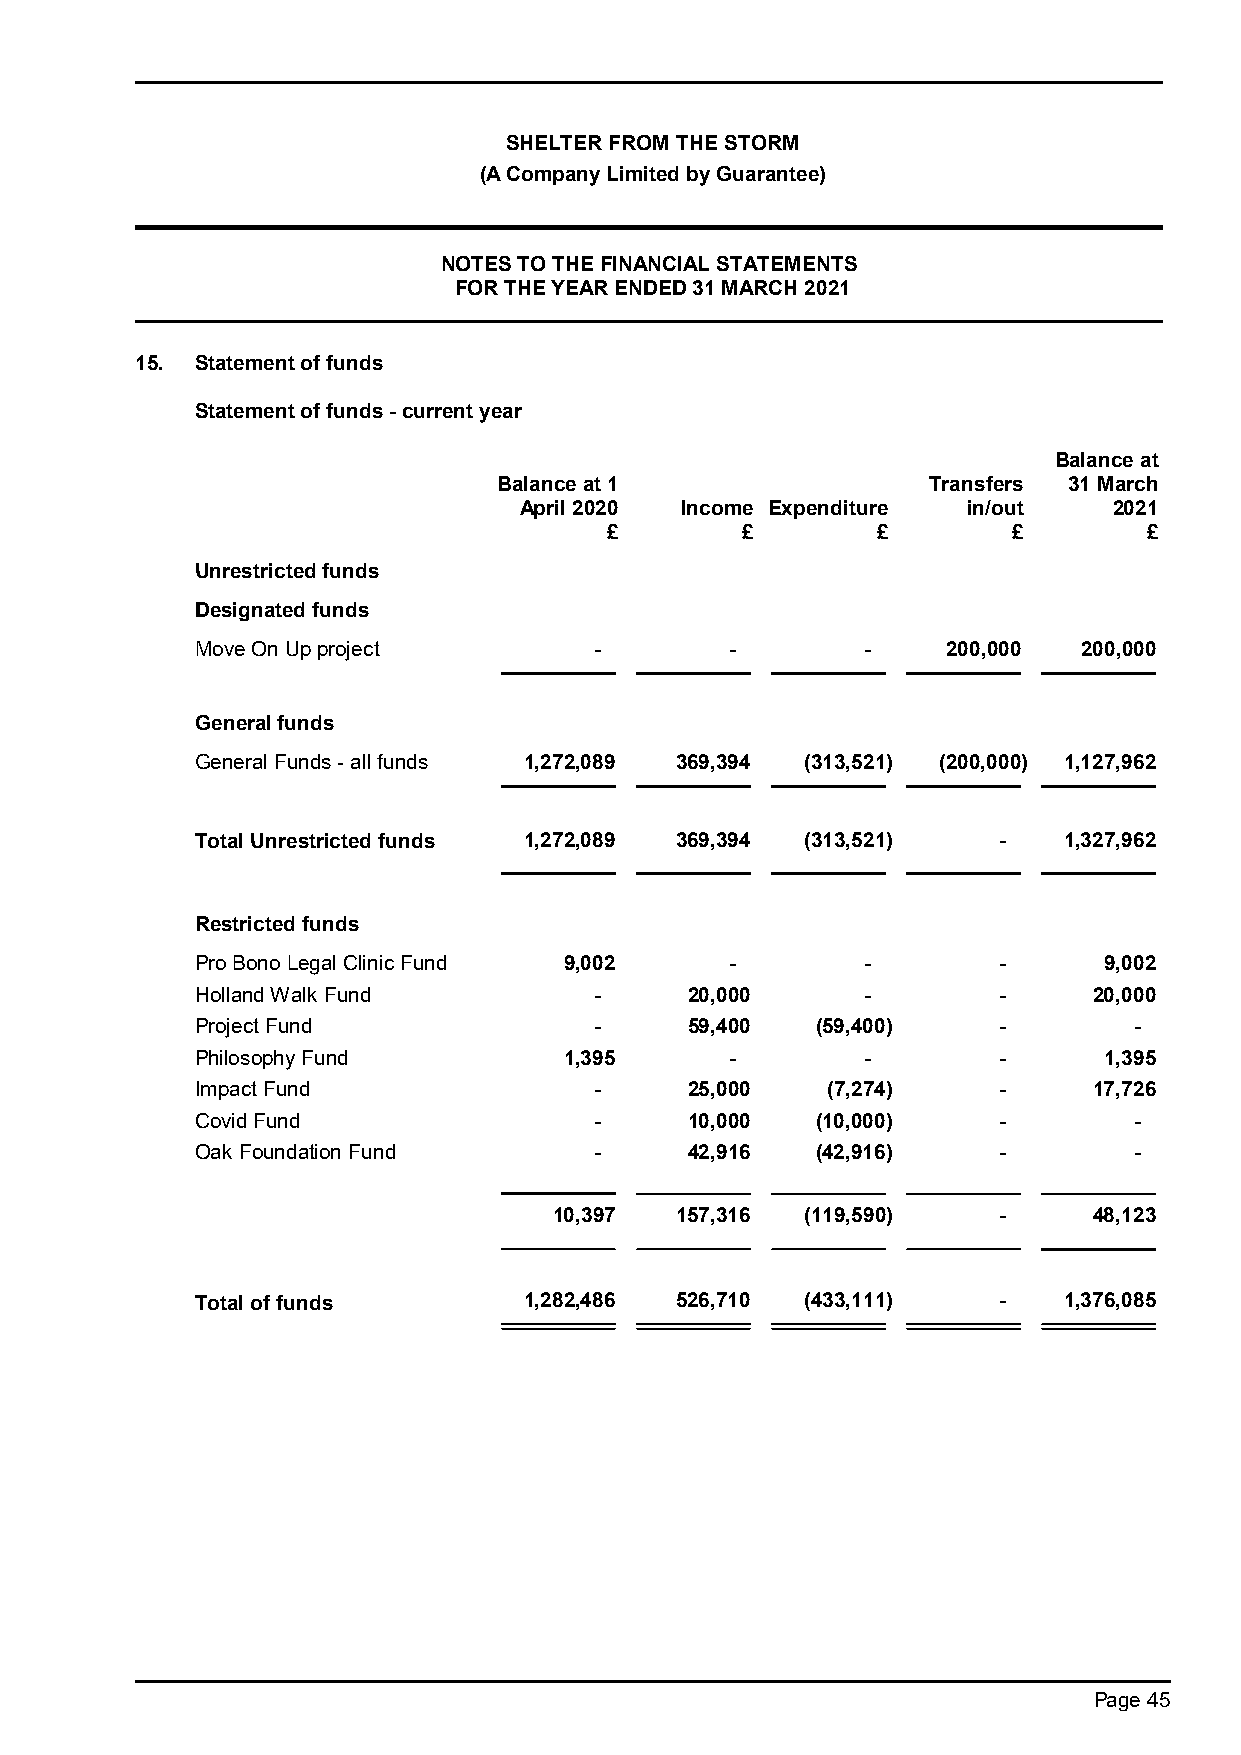
SHELTER FROM THE STORM
 (A Company Limited by Guarantee)
 NOTES TO THE FINANCIAL STATEMENTS
 FOR THE YEAR ENDED 31 MARCH 2021
 15. Statement of funds
 Statement of funds - current year
 Balance at
 Balance at 1                Transfers 31 March
 April 2020 Income Expenditure in/out    2021
 £        £        £        £        £
 Unrestricted funds
 Designated funds
 Move On Up project        -        -        -     200,000  200,000
 General funds
 General Funds - all funds 1,272,089 369,394 (313,521) (200,000) 1,127,962
 Total Unrestricted funds 1,272,089 369,394 (313,521) -   1,327,962
 Restricted funds
 Pro Bono Legal Clinic Fund 9,002   -        -        -      9,002
 Holland Walk Fund         -      20,000     -        -     20,000
 Project Fund              -      59,400  (59,400)    -        -
 Philosophy Fund         1,395      -        -        -      1,395
 Impact Fund               -      25,000   (7,274)    -     17,726
 Covid Fund                -      10,000  (10,000)    -        -
 Oak Foundation Fund       -      42,916  (42,916)    -        -
 10,397  157,316 (119,590)    -     48,123
 Total of funds        1,282,486 526,710 (433,111)    -   1,376,085
 Page 45